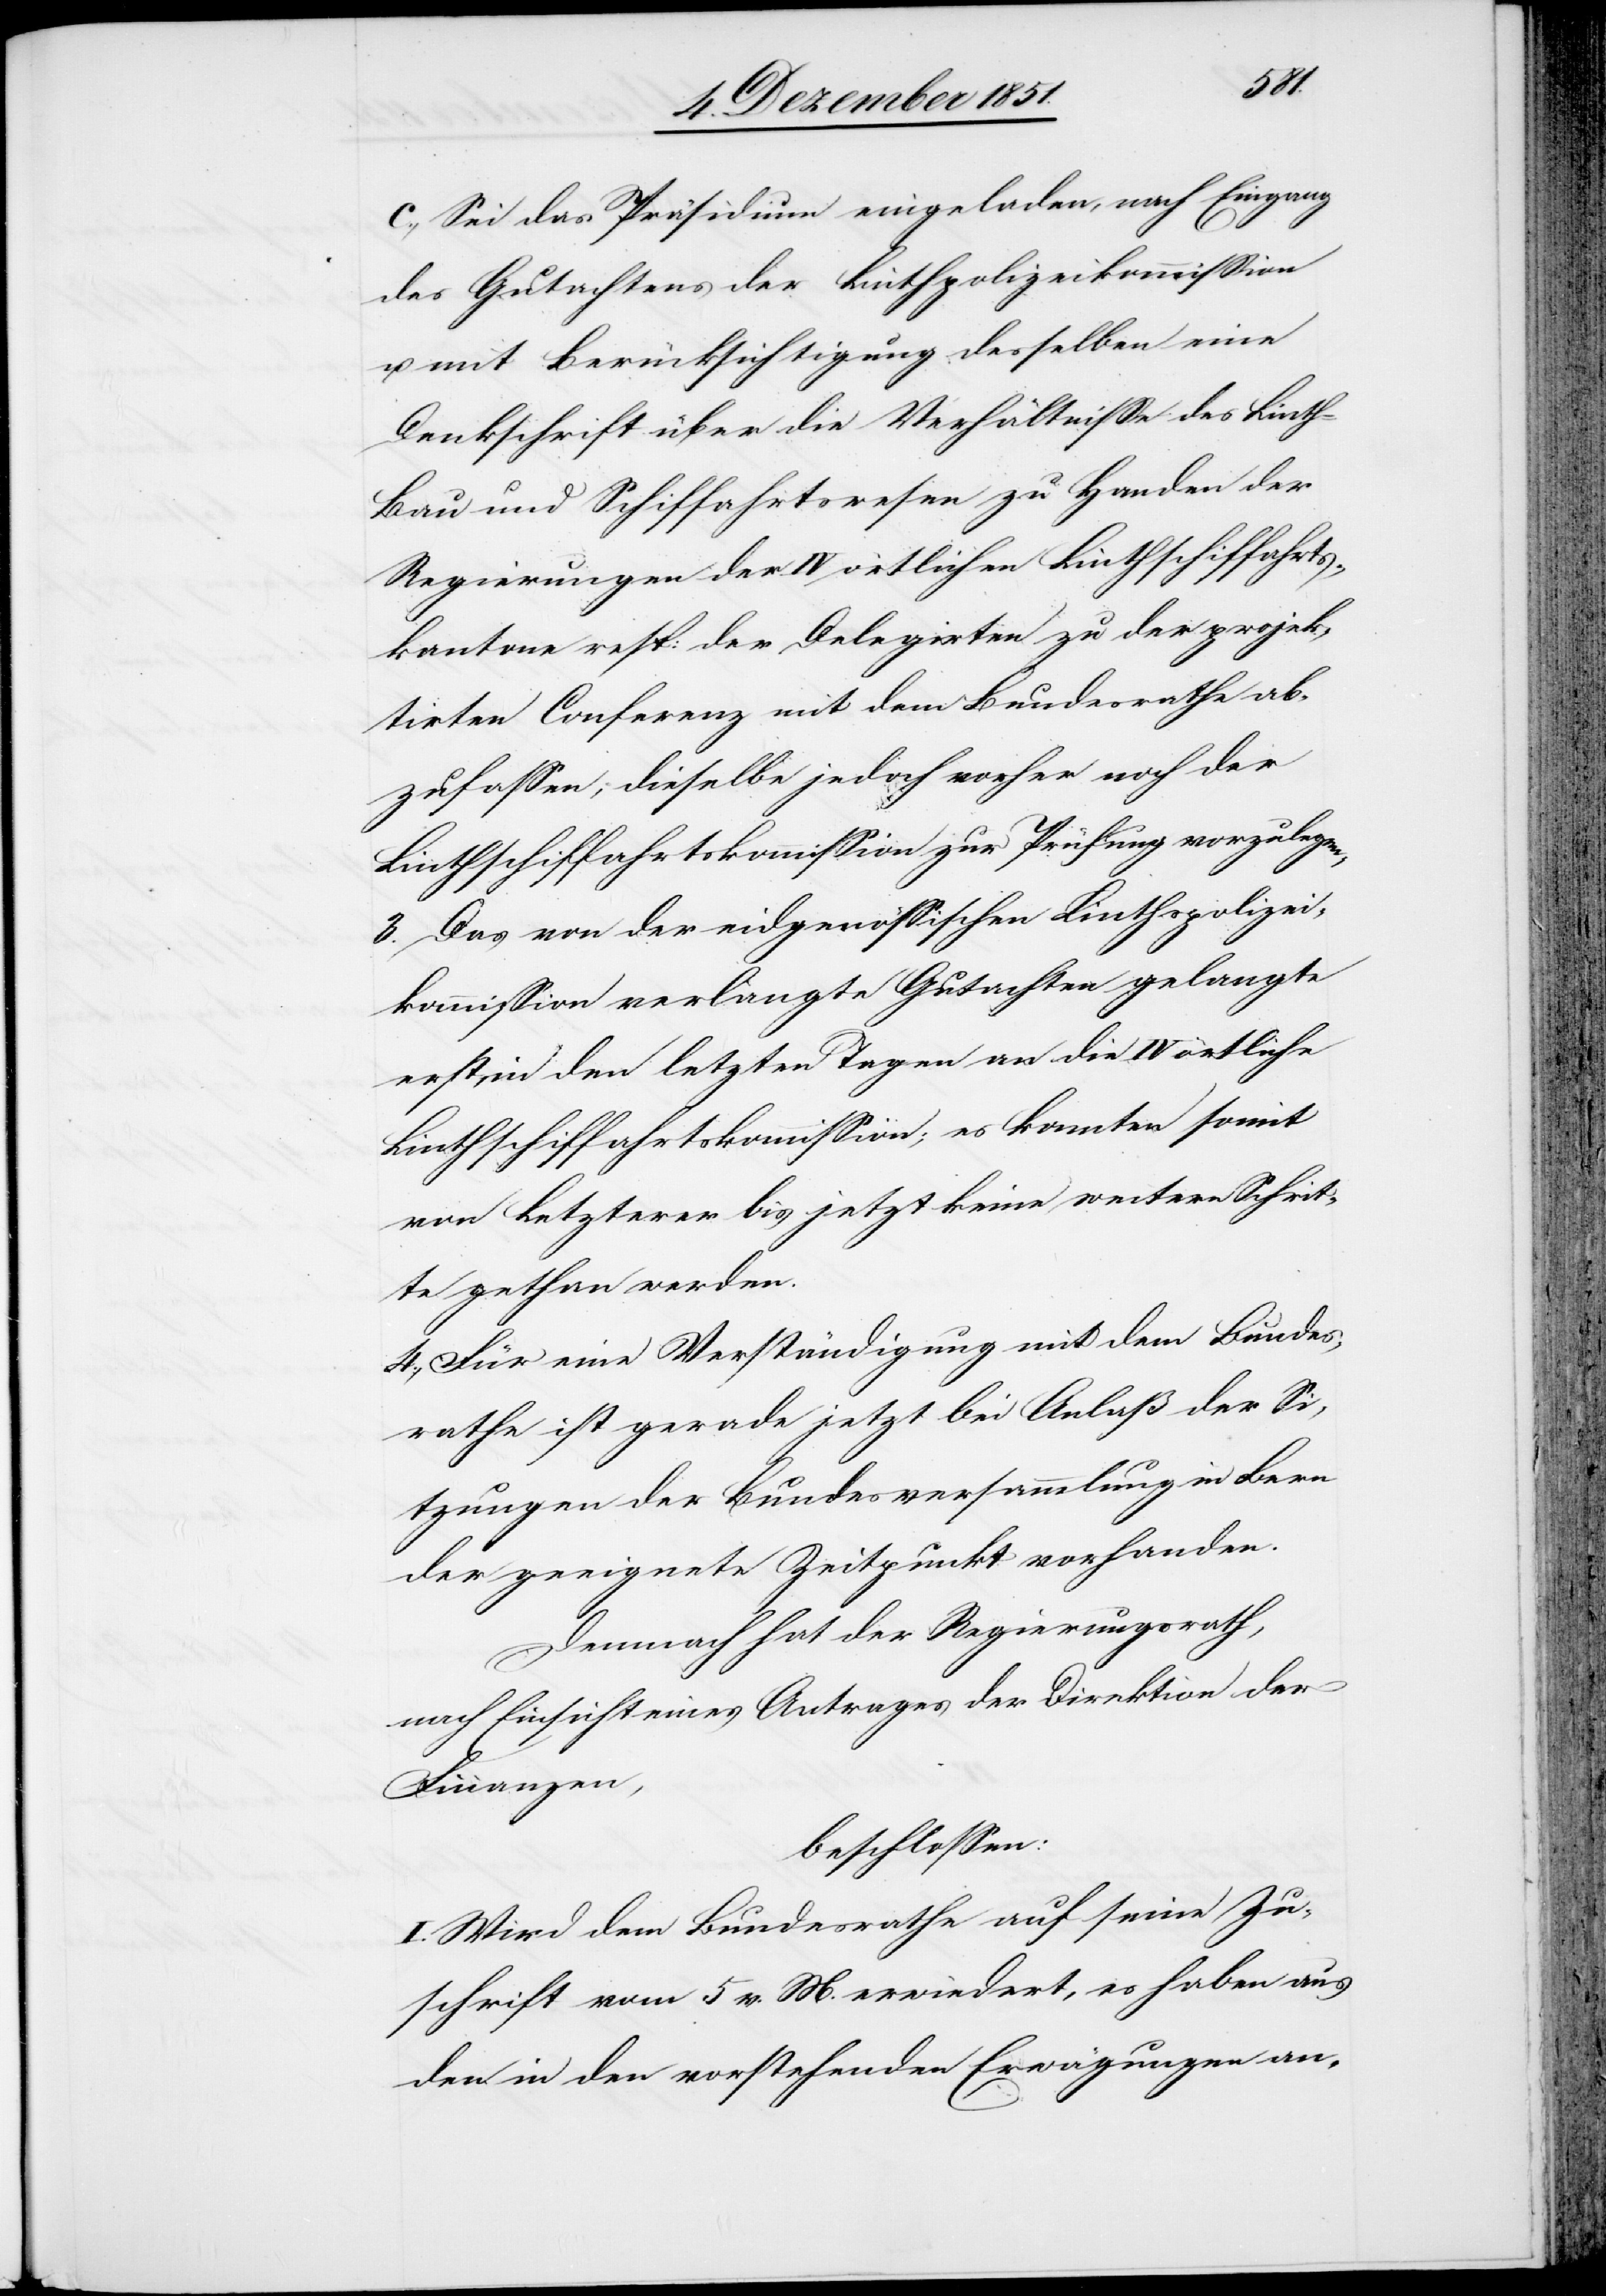
c., Sei das Präsidium eingeladen, nach Eingang
des Gutachtens der Linthpolizeikommission
u. mit Berücksichtigung desselben eine
Denkschrift über die Verhältnisse des Linth-B¬
au[-] und Schiffahrtswesen zu Handen der
Regierungen der IV örtlichen Linthschiffahrts¬
kantone resp: der Delegirten zu der projek¬
tirten Conferenz mit dem Bundesrathe ab¬
zufassen; dieselbe jedoch vorher noch der
Linthschiffahrtskommission zur Prüfung vorzulegen;
3. Das von der eidgenössischen Linthspolizei¬
kommission verlangte Gutachten gelangte
erst in den letzten Tagen an die IV örtliche
Linthschiffahrtskommission; es konnten somit
von Letzterer bis jetzt keine weitern Schrit¬
te gethan werden.
4., Für eine Verständigung mit dem Bundes¬
rathe ist gerade jetzt bei Anlaß der Si¬
tzungen der Bundesversammlung in Bern
der geeignete Zeitpunkt vorhanden.
Demnach hat der Regierungsrath,
nach Einsicht eines Antrages der Direktion der
Finanzen,
beschlossen:
I. Wird dem Bundesrathe auf seine Zu¬
schrift vom 5 v. M. erwiedert, es haben aus
den in den vorstehenden Erwägungen an-